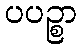
ပပဉ္စာ